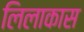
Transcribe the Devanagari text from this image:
लिलाकास